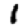
Digit: 1